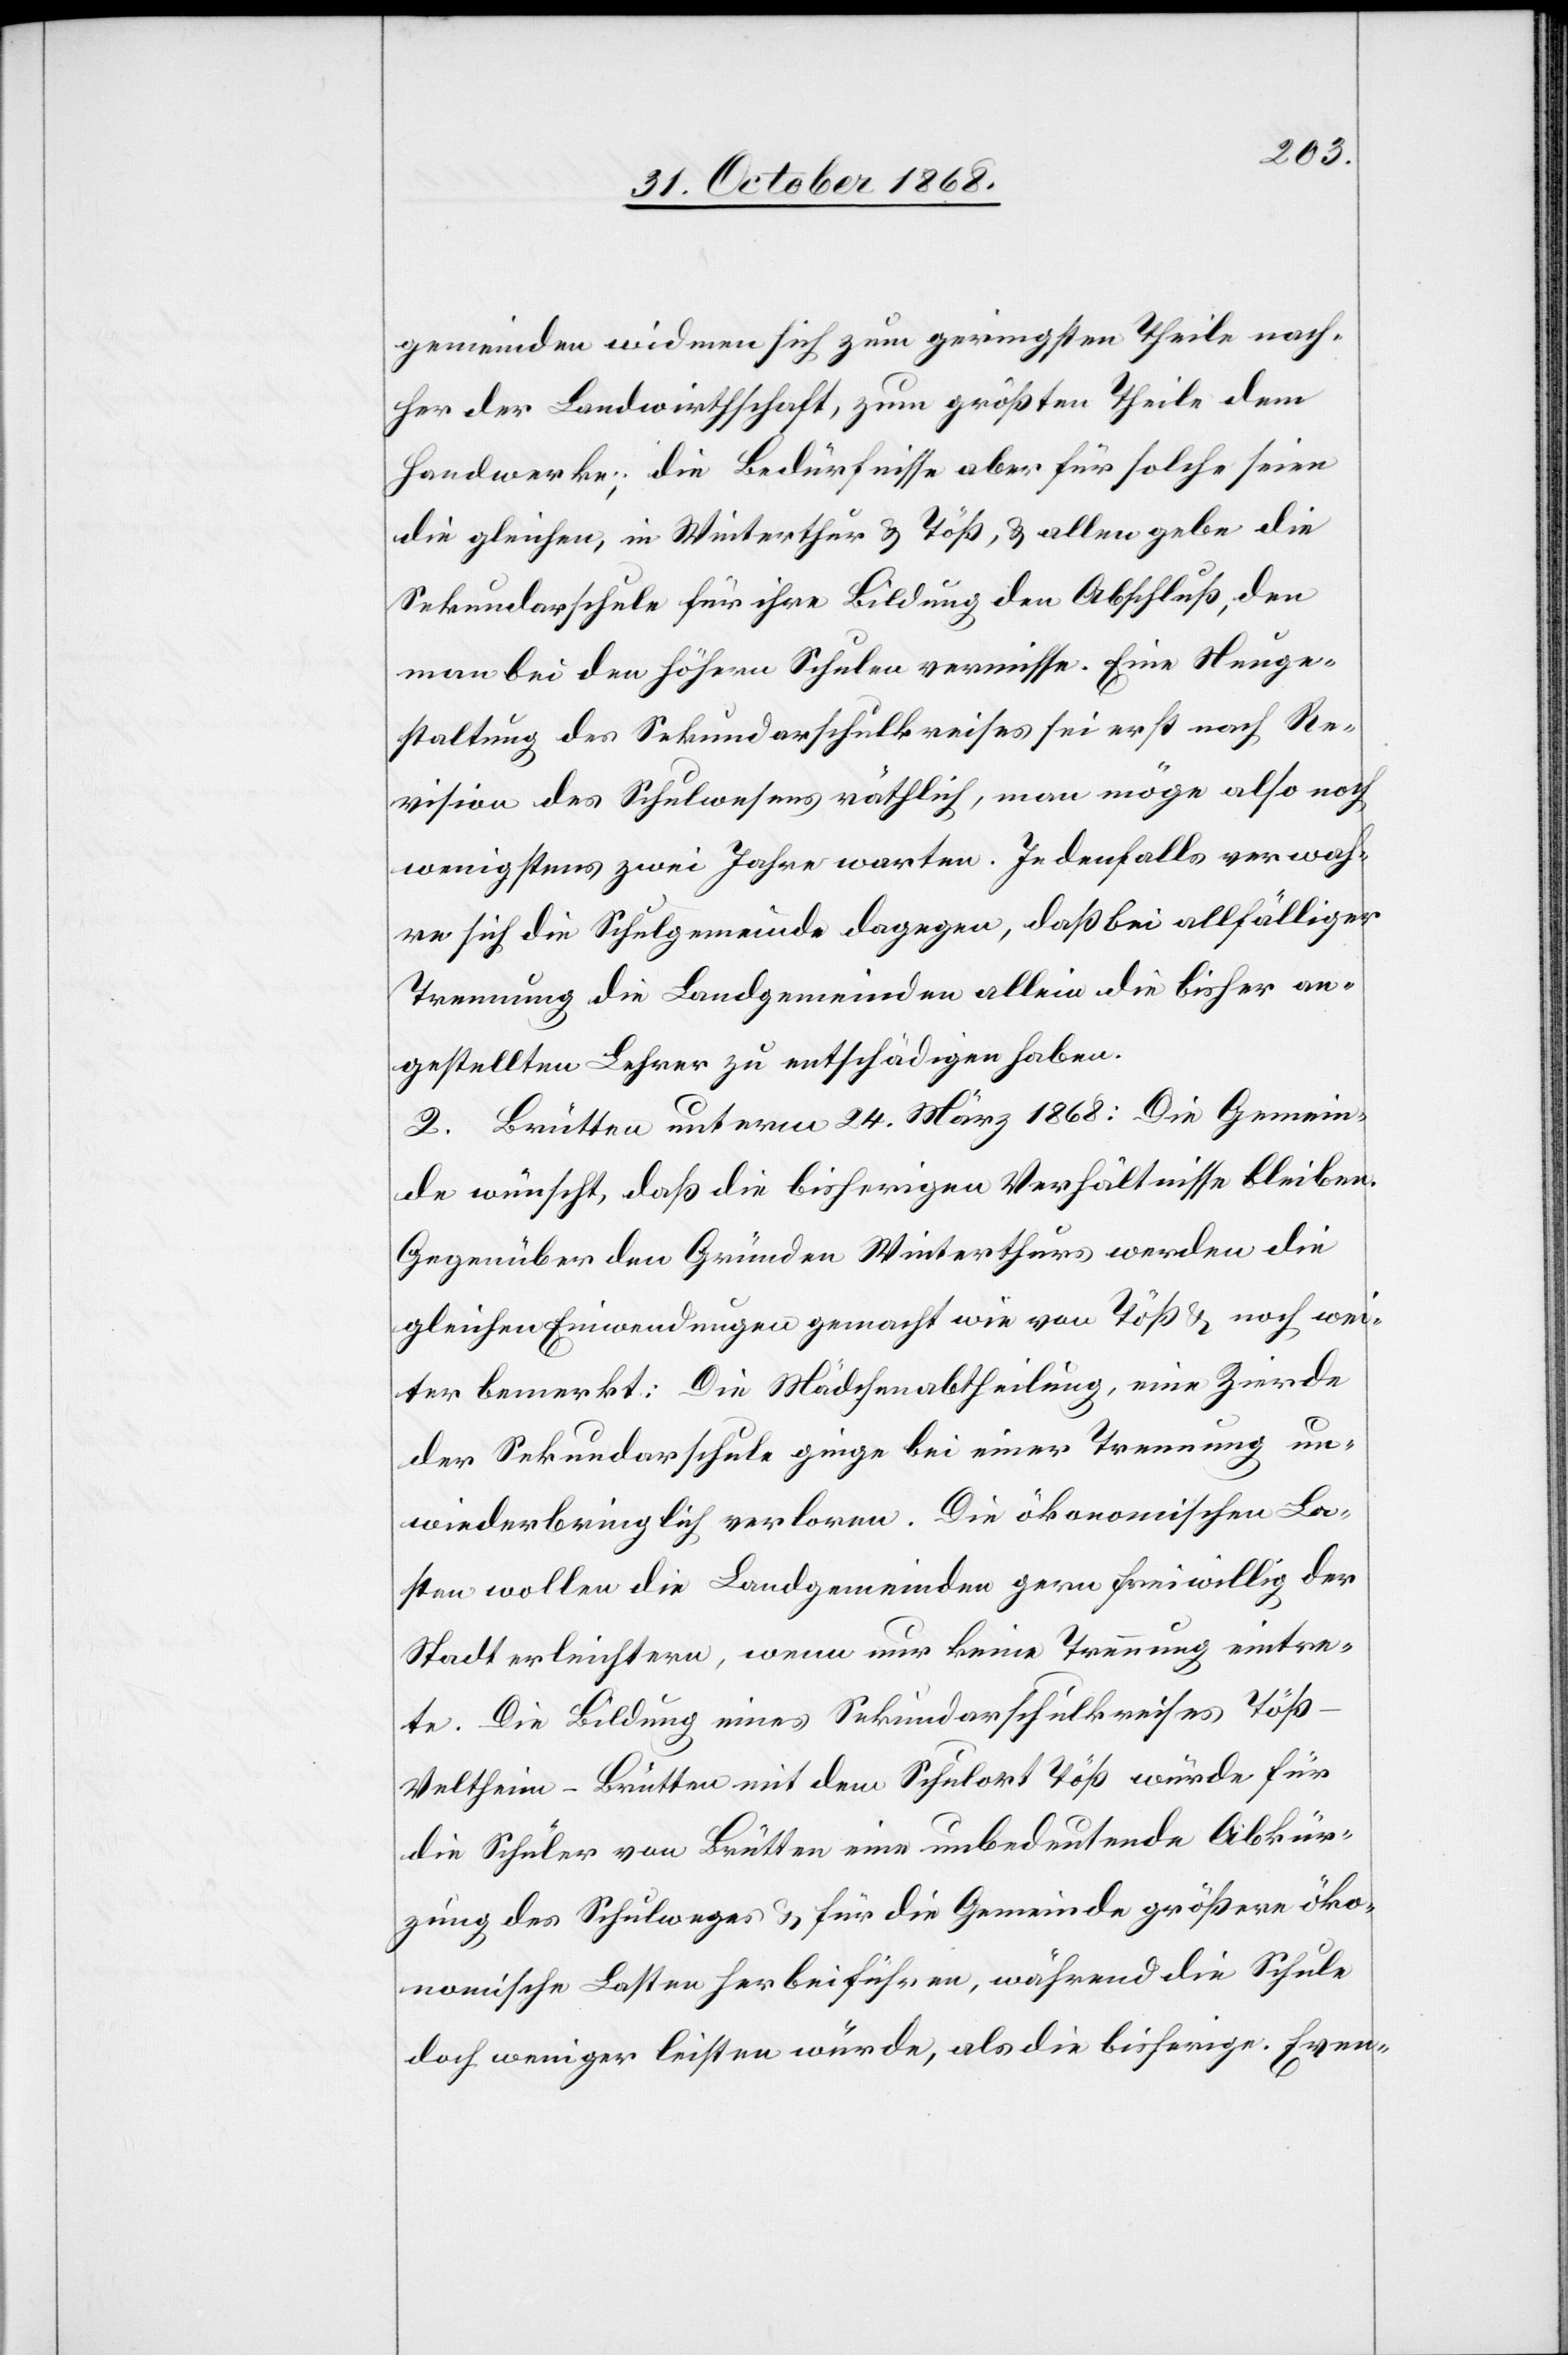
gemeinden widmen sich zum geringsten Theile nach¬
her der Landwirthschaft, zum größten Theile dem
Handwerke; die Bedürfnisse aber für solche seien
die gleichen, in Winterthur & Töß, & allen gebe die
Sekundarschule für ihre Bildung den Abschluß, den
man bei den höhern Schulen vermisse. Eine Neuge¬
staltung des Sekundarschulkreises sei erst nach Re¬
vision des Schulwesens räthlich, man möge also noch
wenigstens zwei Jahre warten. Jedenfalls verwah¬
re sich die Schulgemeinde dagegen, daß bei allfälliger
Trennung die Landgemeinden allein die bisher an¬
gestellten Lehrer zu entschädigen haben.
2. Brütten unterm 24. März 1868: Die Gemein¬
de wünscht, daß die bisherigen Verhältnisse bleiben.
Gegenüber den Gründen Winterthurs werden die
gleichen Einwendungen gemacht wie von Töß & noch wei¬
ter bemerkt: Die Mädchenabtheilung, eine Zierde
der Sekundarschule ginge bei einer Trennung un¬
wiederbringlich verloren. Die ökonomischen La¬
sten wollen die Landgemeinden gern freiwillig der
Stadt erleichtern, wenn nur keine Trennung eintre¬
te. Die Bildung eines Sekundarschulkreises Töß-V¬
eltheim-Brütten mit dem Schulort Töß würde für
die Schüler von Brütten eine unbedeutende Abkür¬
zung des Schulweges & für die Gemeinde größere öko¬
nomische Lasten herbeiführen, während die Schule
doch weniger leisten würde, als die bisherige. Even-